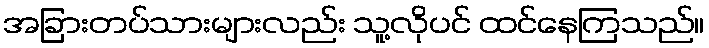
အခြားတပ်သားများလည်း သူ့လိုပင် ထင်နေကြသည်။